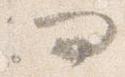
問